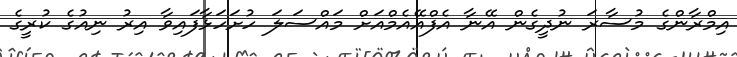
އިމްރާންގެ މުސާރަ ނުދީގެން އޭނާ އެފްއޭއެމްއަށް މައްސަލަ ހުށަހަޅާފައިވާ އިރު ނިއުގެ ކުރީގެ